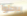
يرحلوا